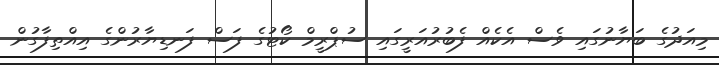
މިއަދުގެ ބަޔާނުގައި ވެސް އެކެއް ފެބުރުއަރީގައި ސުޕްރީމް ކޯޓުގެ ފަސް ފަނޑިޔާރުންގެ އިއްތިފާގުން